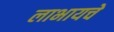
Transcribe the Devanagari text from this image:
लाभायचे